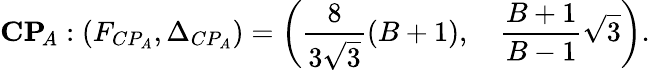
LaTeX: \textbf{CP}\! _{A}:\left(F_{CP_{A}},\Delta_{CP_{A}}\right)=\left(\frac{8}{3\sqrt{3}}(B+1),\quad\frac{B+1}{B-1}\sqrt{3}\right).